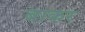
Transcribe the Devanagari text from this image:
बाकर